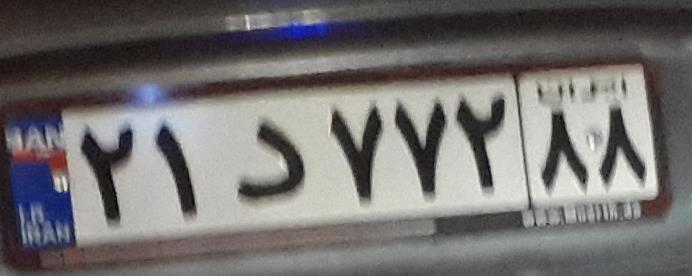
۲۱د۷۷۲۸۸